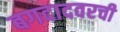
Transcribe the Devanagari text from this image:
बगदादवरची